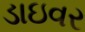
ડાઇવર